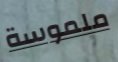
ملموسة